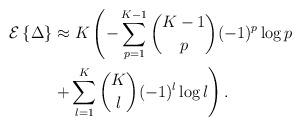
\begin{align*}\mathcal{E}\left\{\Delta\right\} &\approx K \left(- \sum^{K-1}_{p=1} {K-1 \choose p}(-1)^p \log p \right. \\ &\left. + \sum^{K}_{l=1}{K \choose l}(-1)^l \log l \right).\end{align*}